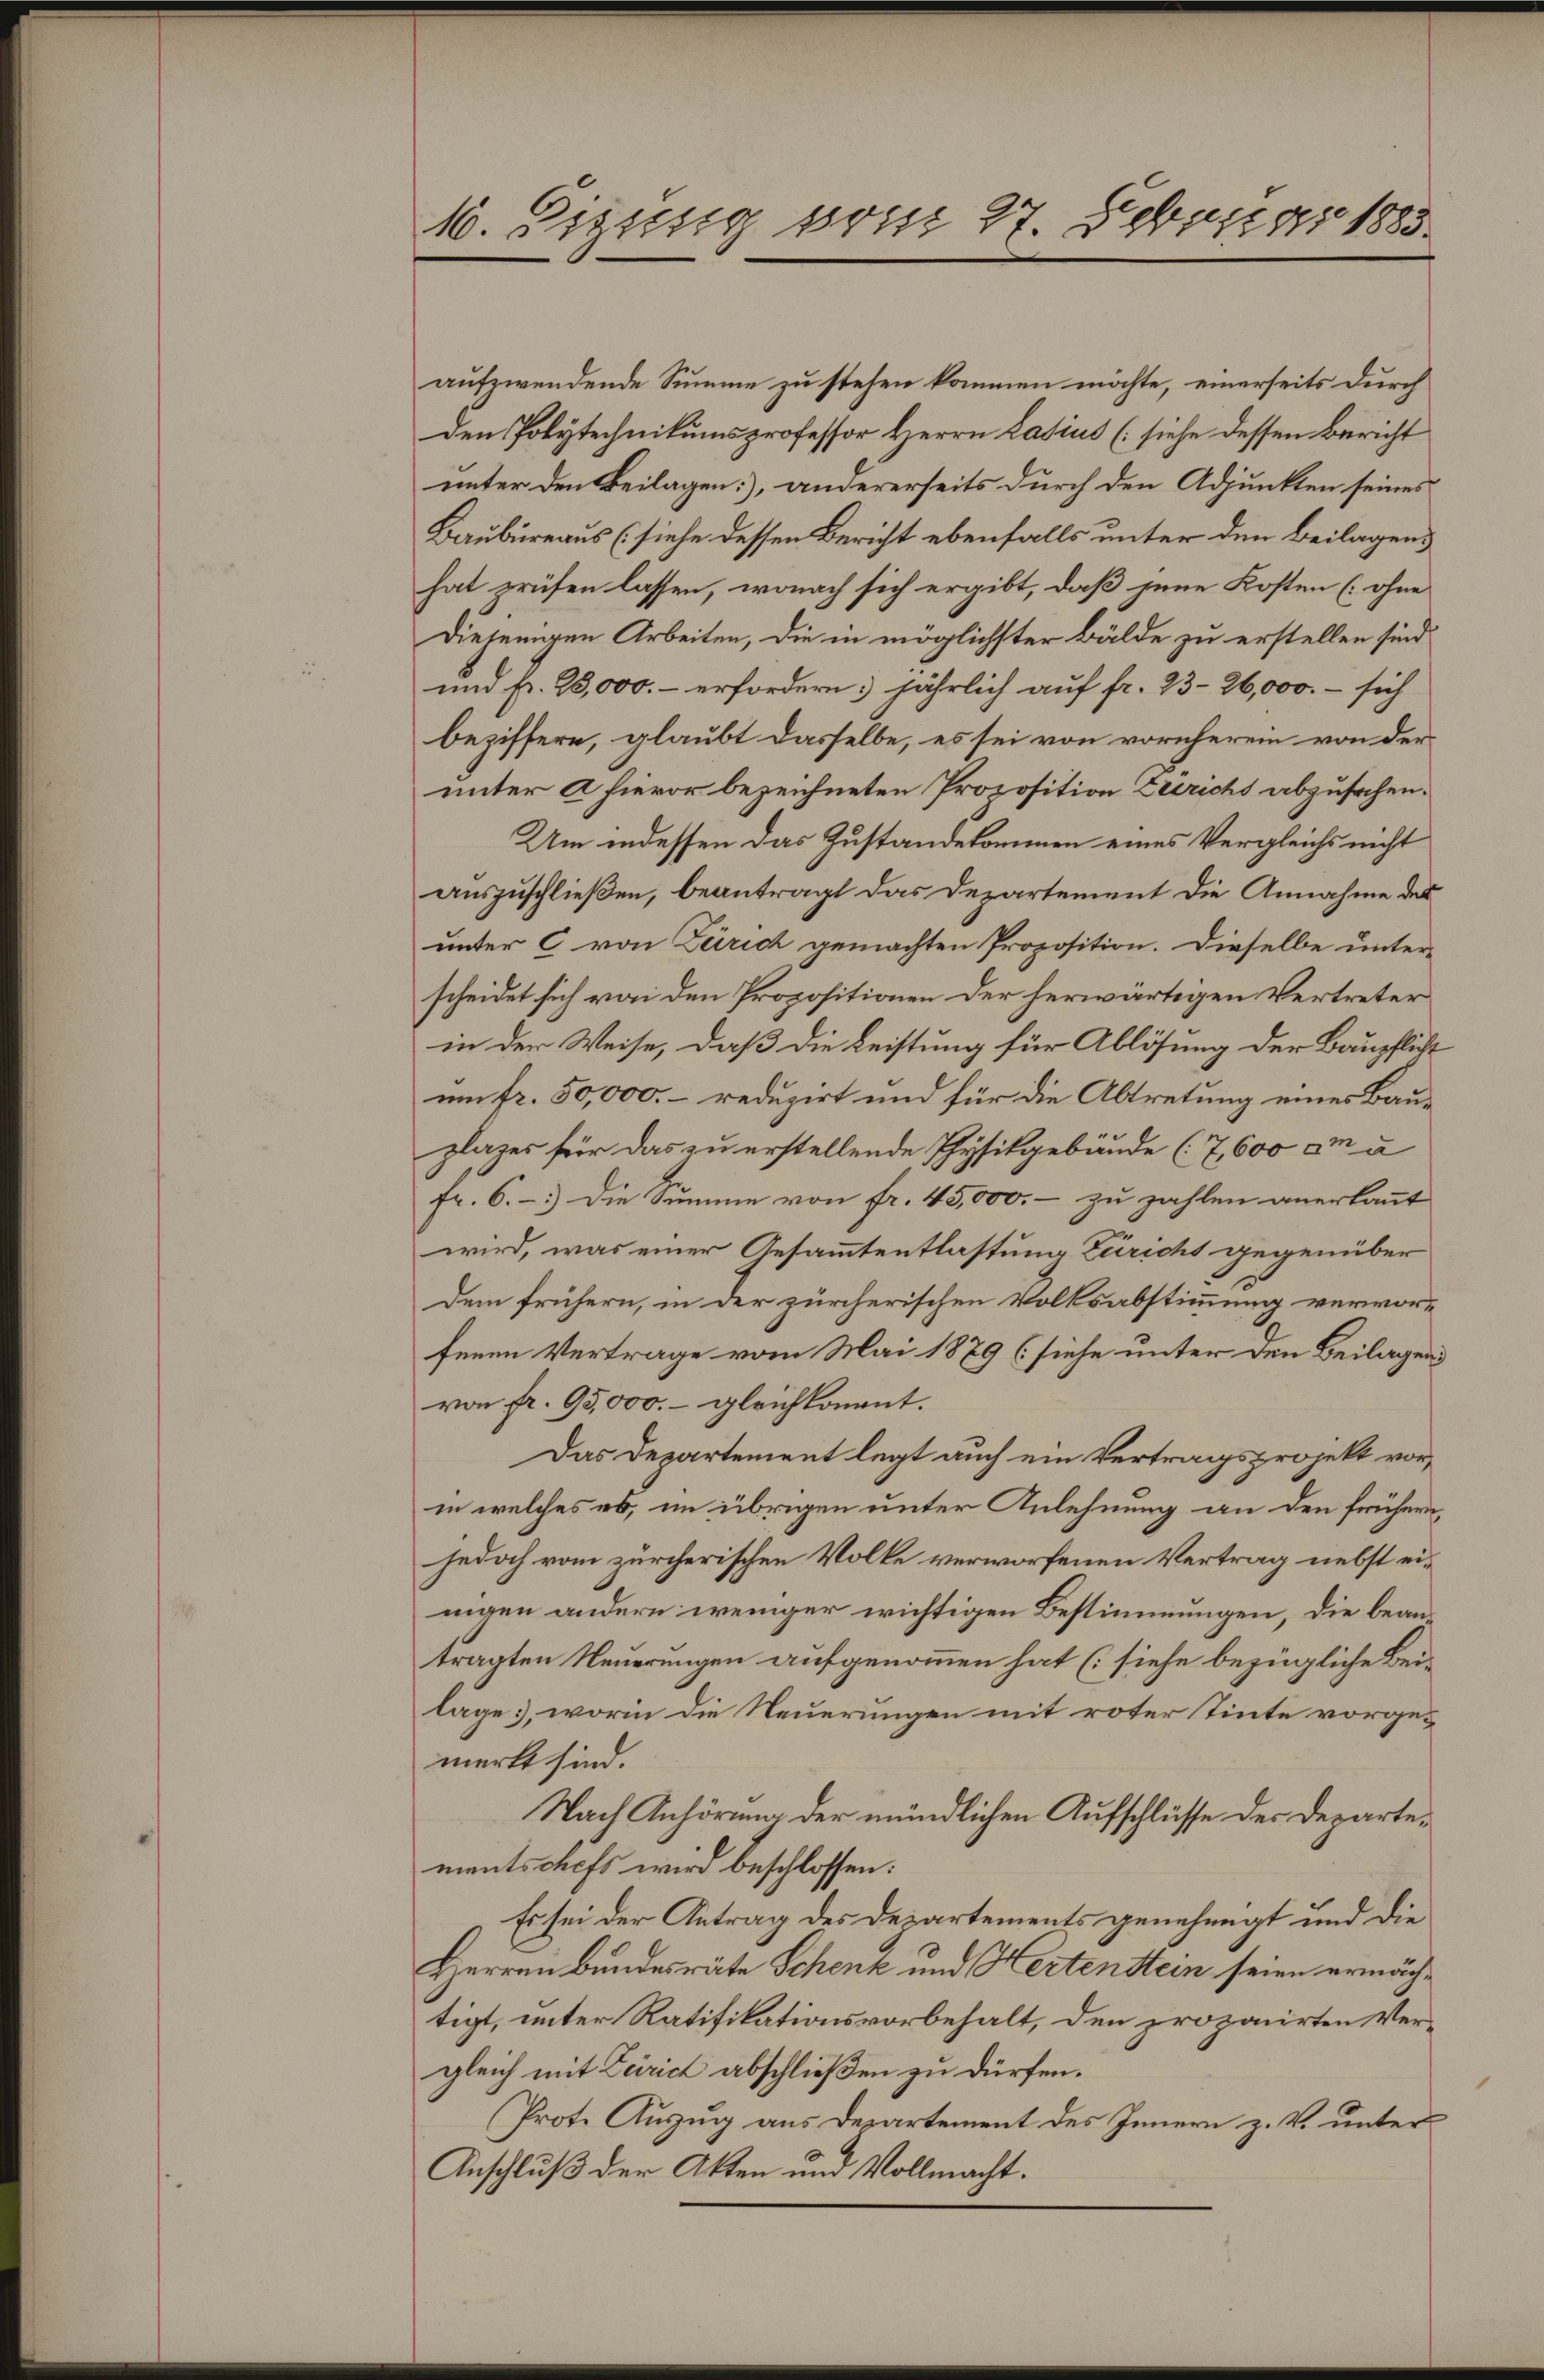
10. Diesig vom 27. Februar 1883.

aufzwendende Summe zu stehen kommen möchte, einerseits durch
den Polytechnikumsprofessor Herrn Lasius (siehe dessen Bericht
unter den Beilagen], andererseits durch den Adjunkten seines
Baubureaus (siehe dessen Bericht ebenfalls unter den Beilagen,
hat prüfen lassen, wonach sich ergibt, daß jene Kosten (ohne
Diejenigen Arbeiten, die in möglichster Bälde zu erstellen sind
und fr. 25,000.- erfordern: jährlich auf fr. 23-26,000. - sich
beziffern, glaubt dasselbe, es sei von vornherein von der
unter a hievor bezeichneten Proposition Züricht abzusehen.
Um indessen das Zustandekommen eines Vergleichs nicht
auszuschließen, beantragt das Departement die Annahme des
unter C von Zürich gemachten Proposition. Dieselbe unter-
scheidet sich von den Propositionen der herwärtigen Vertreter
in der Weise, daß die Leistung für Ablösung der Baupflicht
um fr. 50,000.– reduzirt und für die Abtretung eines Bauzlages für das zu erstellende Physikgebäude (7,600 m a
Fr. 6.- 3) Die Summe von fr. 45,000.- zu zahlen anerkannt
wird, was einer Gesammtentlastung Züricht gegenüber
Dem frühern, in der zürcherischen Volksabstimmung verworfenen Vertrage vom Mai 1879 (siehe unter den Beilagend
von fr. 95,000.- gleichkommt.
Das Departement legt auch ein Vertragsprojekt vorin welches es, im übrigen unter Anlehnung an den frühern,
jedoch vom zürcherischen Volke verworfenen Vertrag nebst einigen andern weniger wichtigen Bestimmungen, die beantragten Neuerungen aufgenommen hat (siehe bezügliche Beilage, worin die Neuerungen mit roter Tinte vorgemerkt sind.
Nach Anhörung der mündlichen Aufschlüsse der Departementschefs wird beschlossen:
Es sei der Antrag des Departements genehmigt und die
Herren Bundesräte Schenk und Hertenstein seien ermächtigt, unter Ratifikationsvorbehalt, den proponirten Vergleich mit Zürich abschließen zu dürfen.
Prote Auszug aus Departement des Innern z. V. unter¬
Anschluß der Akten und Vollmacht.